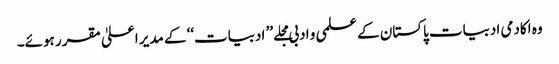
وہ اکادمی ادبیات پاکستان کے علمی و ادبی مجلے ’’ ادبیات‘‘ کے مدیر اعلیٰ مقرر ہوئے۔